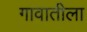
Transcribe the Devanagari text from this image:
गावातीला